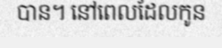
បាន។ នៅពេលដែលកូន